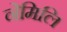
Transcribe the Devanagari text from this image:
नेमिलि